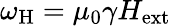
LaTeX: \omega_{\mathrm{H}}=\mu_{0}\gamma H_{\mathrm{ext}}